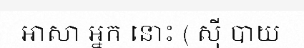
អាសា អ្នក នោះ ( ស៊ី បាយ